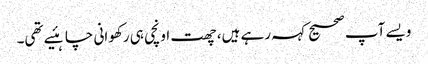
ویسے آپ صحیح کہہ رہے ہیں، چھت اونچی ہی رکھوانی چاہئیے تھی۔